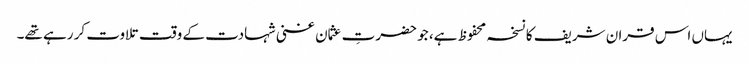
یہاں اس قران شریف کا نسخہ محفوظ ہے، جو حضرتِ عثمان غنی شہادت کے وقت تلاوت کر رہے تھے۔